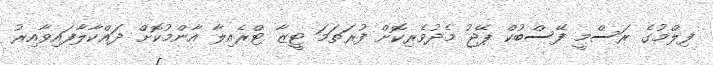
ފިލްމުގެ ރަސްމީ ފޭސްބުކް ޕޭޖު މެދުވެރިކޮށް ފުރަތަމަ ޓީޒާ ޓްރެއިލާ އާންމުކޮށް ދައްކާލާފައިވާއިރު